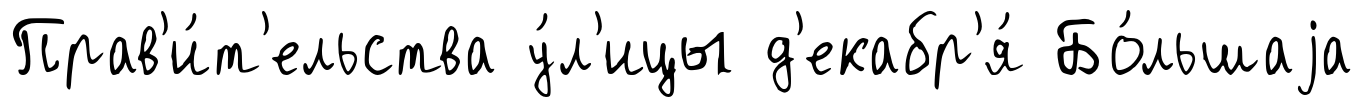
Прав'и́т'ельства у́л'ицы д'екабр'я́ Бо́льшаjа